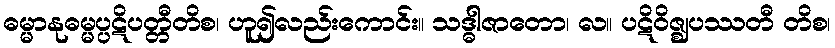
ဓမ္မာနုဓမ္မပ္ပဋိပတ္တီတိစ၊ ဟူ၍လည်းကောင်း။ သဒ္ဓါဇာတော၊ လ။ ပဋိဝိဇ္ဈပဿတီ တိစ၊